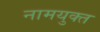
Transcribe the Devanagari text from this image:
नामयुक्त